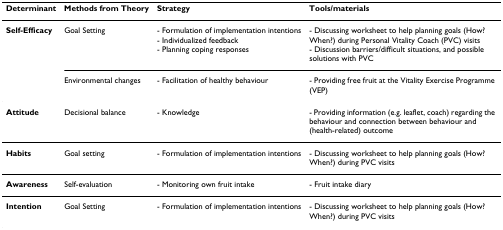
<table><thead><tr><td><b>Determinant</b></td><td><b>Methods from Theory</b></td><td><b>Strategy</b></td><td><b>Tools/materials</b></td></tr></thead><tbody><tr><td><b>Self-Efficacy</b></td><td>Goal Setting</td><td>- Formulation of implementation intentions- Individualized feedback- Planning coping responses</td><td>- Discussing worksheet to help planning goals (How? When?) during Personal Vitality Coach (PVC) visits- Discussion barriers/difficult situations, and possible solutions with PVC</td></tr><tr><td></td><td>Environmental changes</td><td>- Facilitation of healthy behaviour</td><td>- Providing free fruit at the Vitality Exercise Programme (VEP)</td></tr><tr><td><b>Attitude</b></td><td>Decisional balance</td><td>- Knowledge</td><td>- Providing information (e.g. leaflet, coach) regarding the behaviour and connection between behaviour and (health-related) outcome</td></tr><tr><td><b>Habits</b></td><td>Goal setting</td><td>- Formulation of implementation intentions</td><td>- Discussing worksheet to help planning goals (How? When?) during PVC visits</td></tr><tr><td><b>Awareness</b></td><td>Self-evaluation</td><td>- Monitoring own fruit intake</td><td>- Fruit intake diary</td></tr><tr><td><b>Intention</b></td><td>Goal Setting</td><td>- Formulation of implementation intentions</td><td>- Discussing worksheet to help planning goals (How? When?) during PVC visits</td></tr></tbody></table>